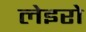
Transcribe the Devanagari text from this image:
लेइरो